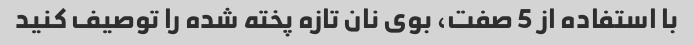
با استفاده از 5 صفت، بوی نان تازه پخته شده را توصیف کنید